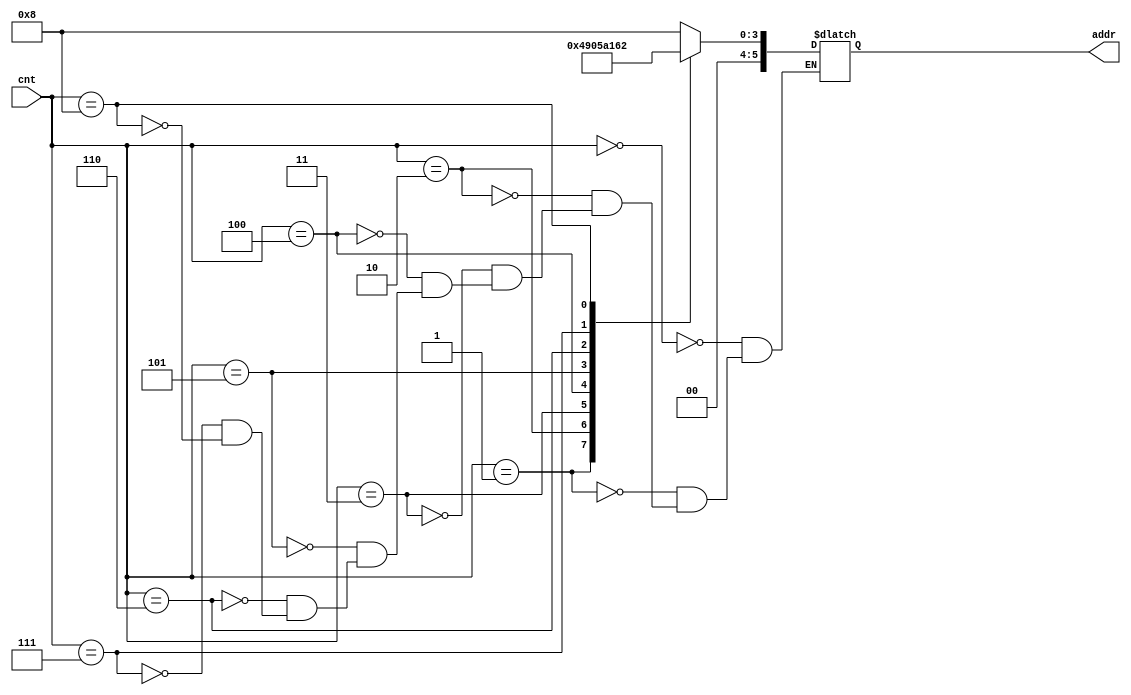
module SA_feature_address_decoder(
    input [3:0] cnt,
    output reg [5:0] addr
);
    always @(*) begin
        case(cnt)
            4'b0000 : addr = 6'b00_1000; //8
            4'b0001 : addr = 6'b00_0100; //4
            4'b0010 : addr = 6'b00_1001; //9
            4'b0011 : addr = 6'b00_0000; //0
            4'b0100 : addr = 6'b00_0101; //5
            4'b0101 : addr = 6'b00_1010; //10
            4'b0110 : addr = 6'b00_0001; //1
            4'b0111 : addr = 6'b00_0110; //6
            4'b1000 : addr = 6'b00_0010; //2
        endcase
    end

endmodule